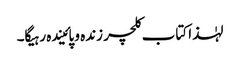
لہٰذا کتاب کلچر زندہ و پائیندہ رہیگا۔